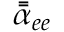
\Bar { \Bar { \alpha } } _ { e e }